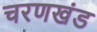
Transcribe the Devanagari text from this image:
चरणखंड